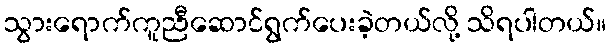
သွားရောက်ကူညီဆောင်ရွက်ပေးခဲ့တယ်လို့ သိရပါတယ်။